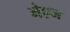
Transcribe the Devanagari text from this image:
नेएज